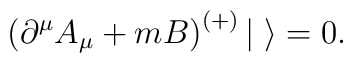
\left( \partial^{\mu}A_{\mu} + mB\right)^{(+)}|\;\rangle = 0 .